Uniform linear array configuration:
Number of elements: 8
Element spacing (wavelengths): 0.25
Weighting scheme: blackman
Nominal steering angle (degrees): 15
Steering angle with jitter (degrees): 15.17
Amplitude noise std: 0.05
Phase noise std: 0.05

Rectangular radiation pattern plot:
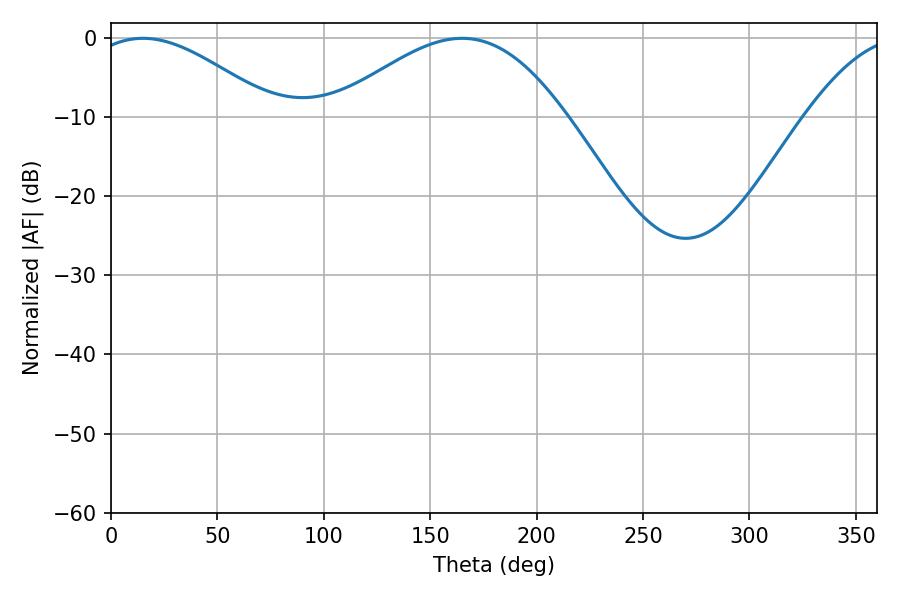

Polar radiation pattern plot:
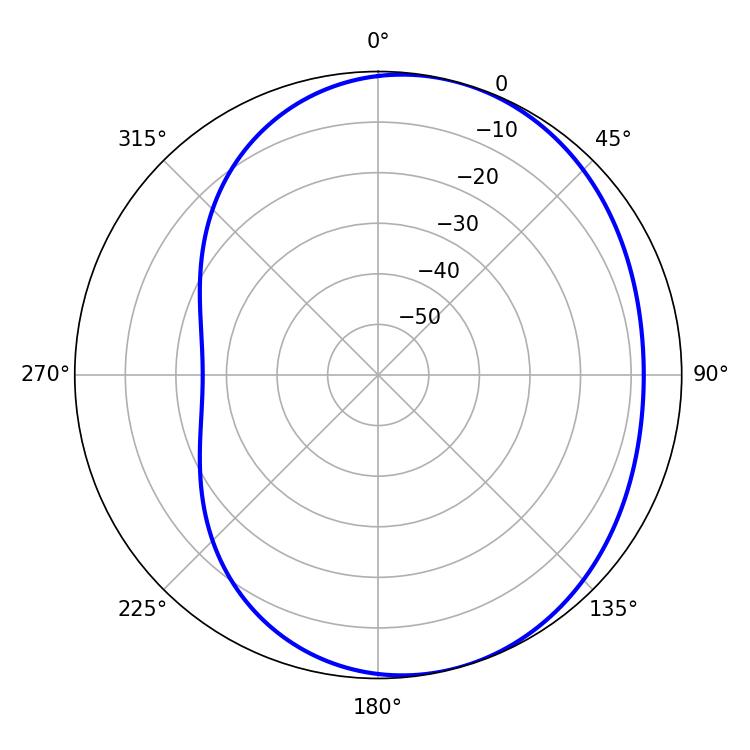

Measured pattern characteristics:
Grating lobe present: FALSE
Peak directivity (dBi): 4.385
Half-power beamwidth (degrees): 47.16
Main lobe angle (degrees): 14.94